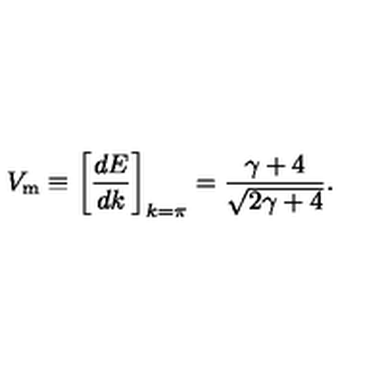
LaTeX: V _ { \mathrm { m } } \equiv \left[ { \frac { d E } { d k } } \right] _ { k = \pi } = { \frac { \gamma + 4 } { \sqrt { 2 \gamma + 4 } } } .